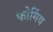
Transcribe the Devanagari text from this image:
फोर्गिव